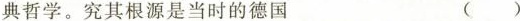
典哲学。究其根源是当时的德国()